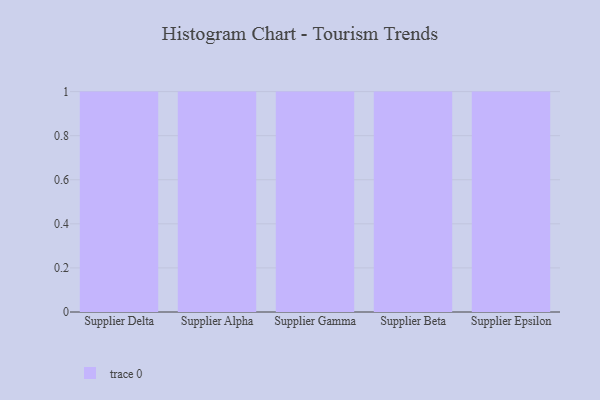
{"axis": {"x": "Supplier", "y": "Production Output"}, "legend": [""], "data": [{"x": "Supplier Delta", "y": 9, "type": ""}, {"x": "Supplier Alpha", "y": 90, "type": ""}, {"x": "Supplier Gamma", "y": 86, "type": ""}, {"x": "Supplier Beta", "y": 59, "type": ""}, {"x": "Supplier Epsilon", "y": 7, "type": ""}]}